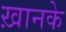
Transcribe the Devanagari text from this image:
ख़ानके